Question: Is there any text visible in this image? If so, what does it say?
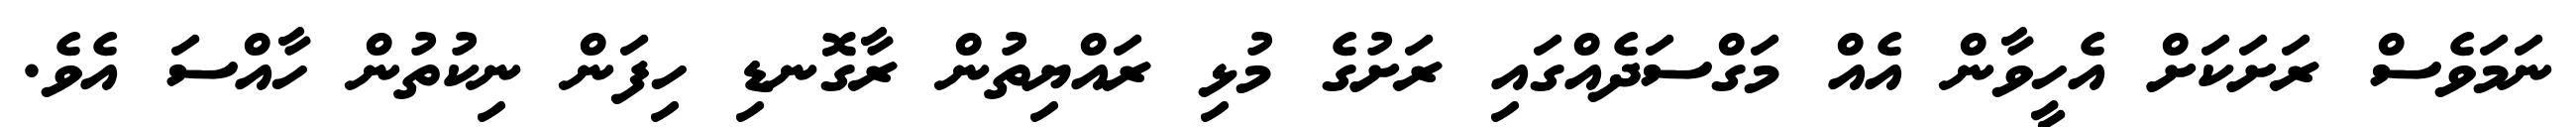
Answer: ނަމަވެސް ރަށަކަށް އެހީވާން އެއް މަގްސަދެއްގައި ރަށުގެ މުޅި ރައްޔިތުން ރާގޮނޑި ހިފަން ނިކުތުން ހާއްސަ އެވެ.